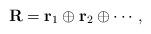
LaTeX: \begin{align*}{\bf R}={\bf r}_1\oplus {\bf r}_2\oplus \cdots,\end{align*}